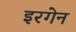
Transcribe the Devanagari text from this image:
इरगेन